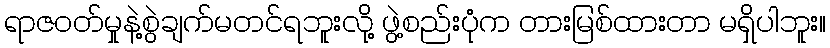
ရာဇဝတ်မှုနဲ့စွဲချက်မတင်ရဘူးလို့ ဖွဲ့စည်းပုံက တားမြစ်ထားတာ မရှိပါဘူး။